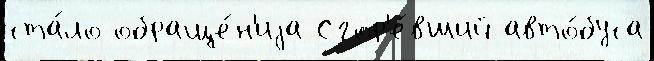
ста́ло обраще́н'иjа Сгор'е́вший авто́буса